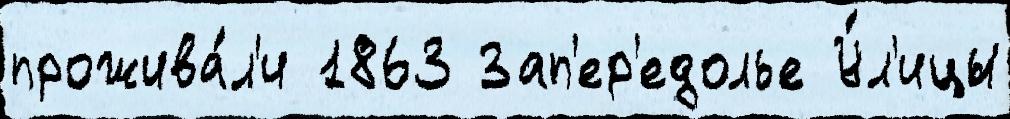
прожива́л'и 1863 Зап'ер'едолье У́л'ицы